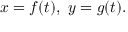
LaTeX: x = f ( t ) , \ y = g ( t ) .